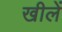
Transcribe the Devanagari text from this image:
खीलें